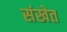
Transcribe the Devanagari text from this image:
संखेत